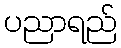
ပညာရည်